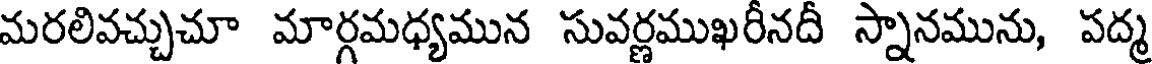
మరలివచ్చుచూ మార్గమధ్యమున సువర్ణముఖరీనదీ స్నానమును, పద్మ